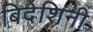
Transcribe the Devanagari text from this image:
बिदेशिनी